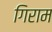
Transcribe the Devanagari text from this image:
गिराम